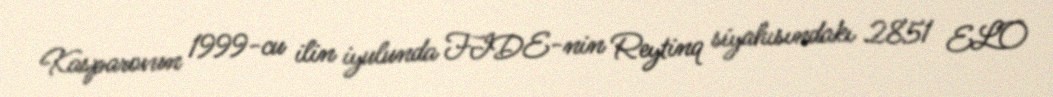
Kasparovun 1999-cu ilin iyulunda FIDE-nin Reytinq siyahısındakı 2851 ELO